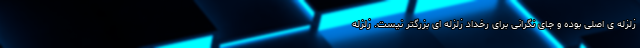
زلزله ی اصلی بوده و جای نگرانی برای رخداد زلزله ای بزرگتر نیست. زلزله